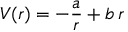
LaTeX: V ( r ) = - { \frac { a } { r } } + b \, r